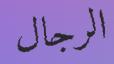
الرجال